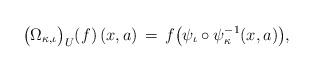
LaTeX: \begin{align*}\lefteqn{ \big( \Omega_{\kappa ,\iota} \big)_U (f) \, (x,a) \, = \, f \big( \psi_{\iota} \circ \psi_{\kappa}^{-1}(x,a) \big) , }\end{align*}